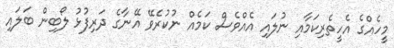
މީހެއްގެ އެހީތެރިކަމާއި ނުލައި އެއްވެސް ކަމެއް ނުކުރެވޭ އޭނާގެ ދަރިފުޅު ލޯބިން ބަލައި